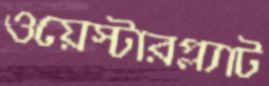
ওয়েস্টারপ্ল্যাট